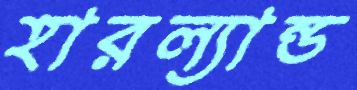
হারল্যান্ড